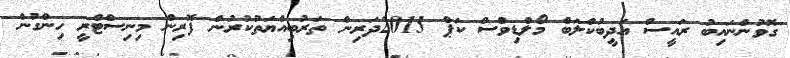
ގޮވުންނައިބު ރައީސް އަދީބުކްލަބް މޯލްޑިވްސް ކަޕް 2015ދަރިން ތަރުބިއްޔަތުކުރުން ފޮރިން މިނިސްޓްރީ ހިންގުން